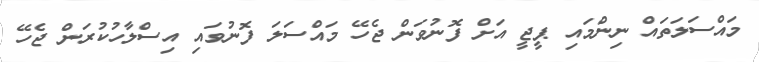
މައްސަލަތައް ނިންމައި ޕީޖީ އަށް ފޮނުވަން ޖެހޭ މައްސަލަ ފޮނުވައި އިސްލާހުކުރަން ޖެހޭ